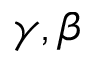
\gamma , \beta